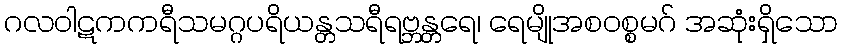
ဂလဝါဋကကရီသမဂ္ဂပရိယန္တသရီရဗ္ဘန္တရေ၊ ရေမျိုအစဝစ္စမဂ် အဆုံးရှိသော